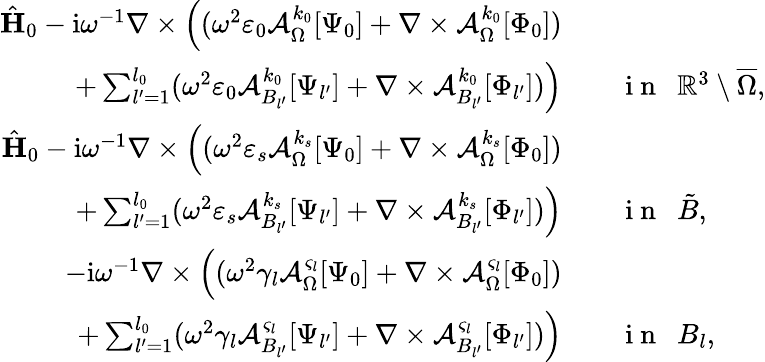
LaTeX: \begin{array}{rl}{\hat{\mathbf{H}}_{0}-\mathrm{i}\omega^{-1}\nabla\times\Big((\omega^{2}\varepsilon_{0}\mathcal{A}_{\Omega}^{k_{0}}[\Psi_{0}]+\nabla\times\mathcal{A}_{\Omega}^{k_{0}}[\Phi_{0}])}&{{}}\\ {+\sum_{l^{\prime}=1}^{l_{0}}(\omega^{2}\varepsilon_{0}\mathcal{A}_{B_{l^{\prime}}}^{k_{0}}[\Psi_{l^{\prime}}]+\nabla\times\mathcal{A}_{B_{l^{\prime}}}^{k_{0}}[\Phi_{l^{\prime}}])\Big)}&{{}\quad\mathrm{~i~n~}\ \ \mathbb{R}^{3}\setminus\overline{\Omega},}\\ {\hat{\mathbf{H}}_{0}-\mathrm{i}\omega^{-1}\nabla\times\Big((\omega^{2}\varepsilon_{s}\mathcal{A}_{\Omega}^{k_{s}}[\Psi_{0}]+\nabla\times\mathcal{A}_{\Omega}^{k_{s}}[\Phi_{0}])}&{{}}\\ {+\sum_{l^{\prime}=1}^{l_{0}}(\omega^{2}\varepsilon_{s}\mathcal{A}_{B_{l^{\prime}}}^{k_{s}}[\Psi_{l^{\prime}}]+\nabla\times\mathcal{A}_{B_{l^{\prime}}}^{k_{s}}[\Phi_{l^{\prime}}])\Big)}&{{}\quad\mathrm{~i~n~}\ \ \tilde{B},}\\ {-\mathrm{i}\omega^{-1}\nabla\times\Big((\omega^{2}\gamma_{l}\mathcal{A}_{\Omega}^{\varsigma_{l}}[\Psi_{0}]+\nabla\times\mathcal{A}_{\Omega}^{\varsigma_{l}}[\Phi_{0}])}&{{}}\\ {+\sum_{l^{\prime}=1}^{l_{0}}(\omega^{2}\gamma_{l}\mathcal{A}_{B_{l^{\prime}}}^{\varsigma_{l}}[\Psi_{l^{\prime}}]+\nabla\times\mathcal{A}_{B_{l^{\prime}}}^{\varsigma_{l}}[\Phi_{l^{\prime}}])\Big)}&{{}\quad\mathrm{~i~n~}\ \ B_{l},}\end{array}